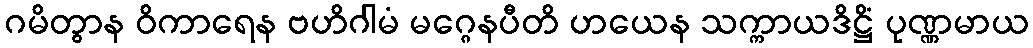
ဂမိတွာန ဝိကာရေန ဗဟိဂါမံ မဂ္ဂေနပီတိ ဟယေန သက္ကာယဒိဋ္ဌိံ ပုဏ္ဏမာယ